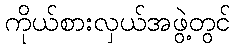
ကိုယ်စားလှယ်အဖွဲ့တွင်